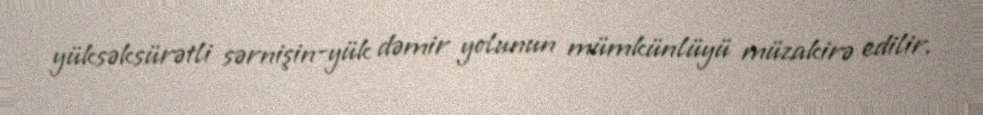
yüksəksürətli sərnişin-yük dəmir yolunun mümkünlüyü müzakirə edilir.